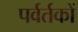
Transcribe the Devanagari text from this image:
पर्वर्तकों